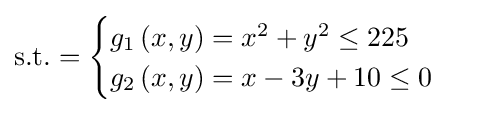
{\text{s.t.}}={\begin{cases}g_{1}\left(x,y\right)=x^{2}+y^{2}\leq 225\\g_{2}\left(x,y\right)=x-3y+10\leq 0\\\end{cases}}